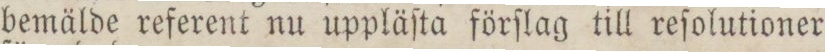
bemälde referent nu uppläſta förſlag till reſolutioner